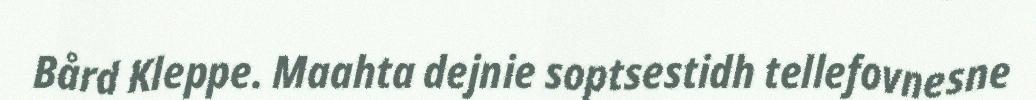
Bård Kleppe. Maahta dejnie soptsestidh tellefovnesne